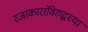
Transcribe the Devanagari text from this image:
रजाकारांविरुद्धच्या